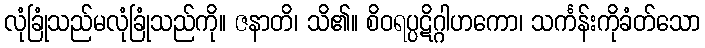
လုံခြုံသည်မလုံခြုံသည်ကို။ ဇနာတိ၊ သိ၏။ စိဝရပ္ပဋိဂ္ဂါဟကော၊ သင်္ကန်းကိုခံတ်သော